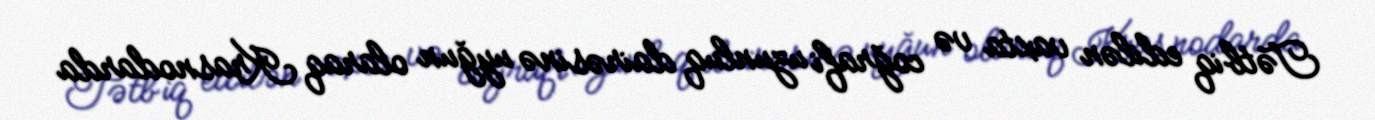
Tətbiq edilən vaxta və coğrafi uzunluq dairəsinə uyğun olaraq Krasnodarda